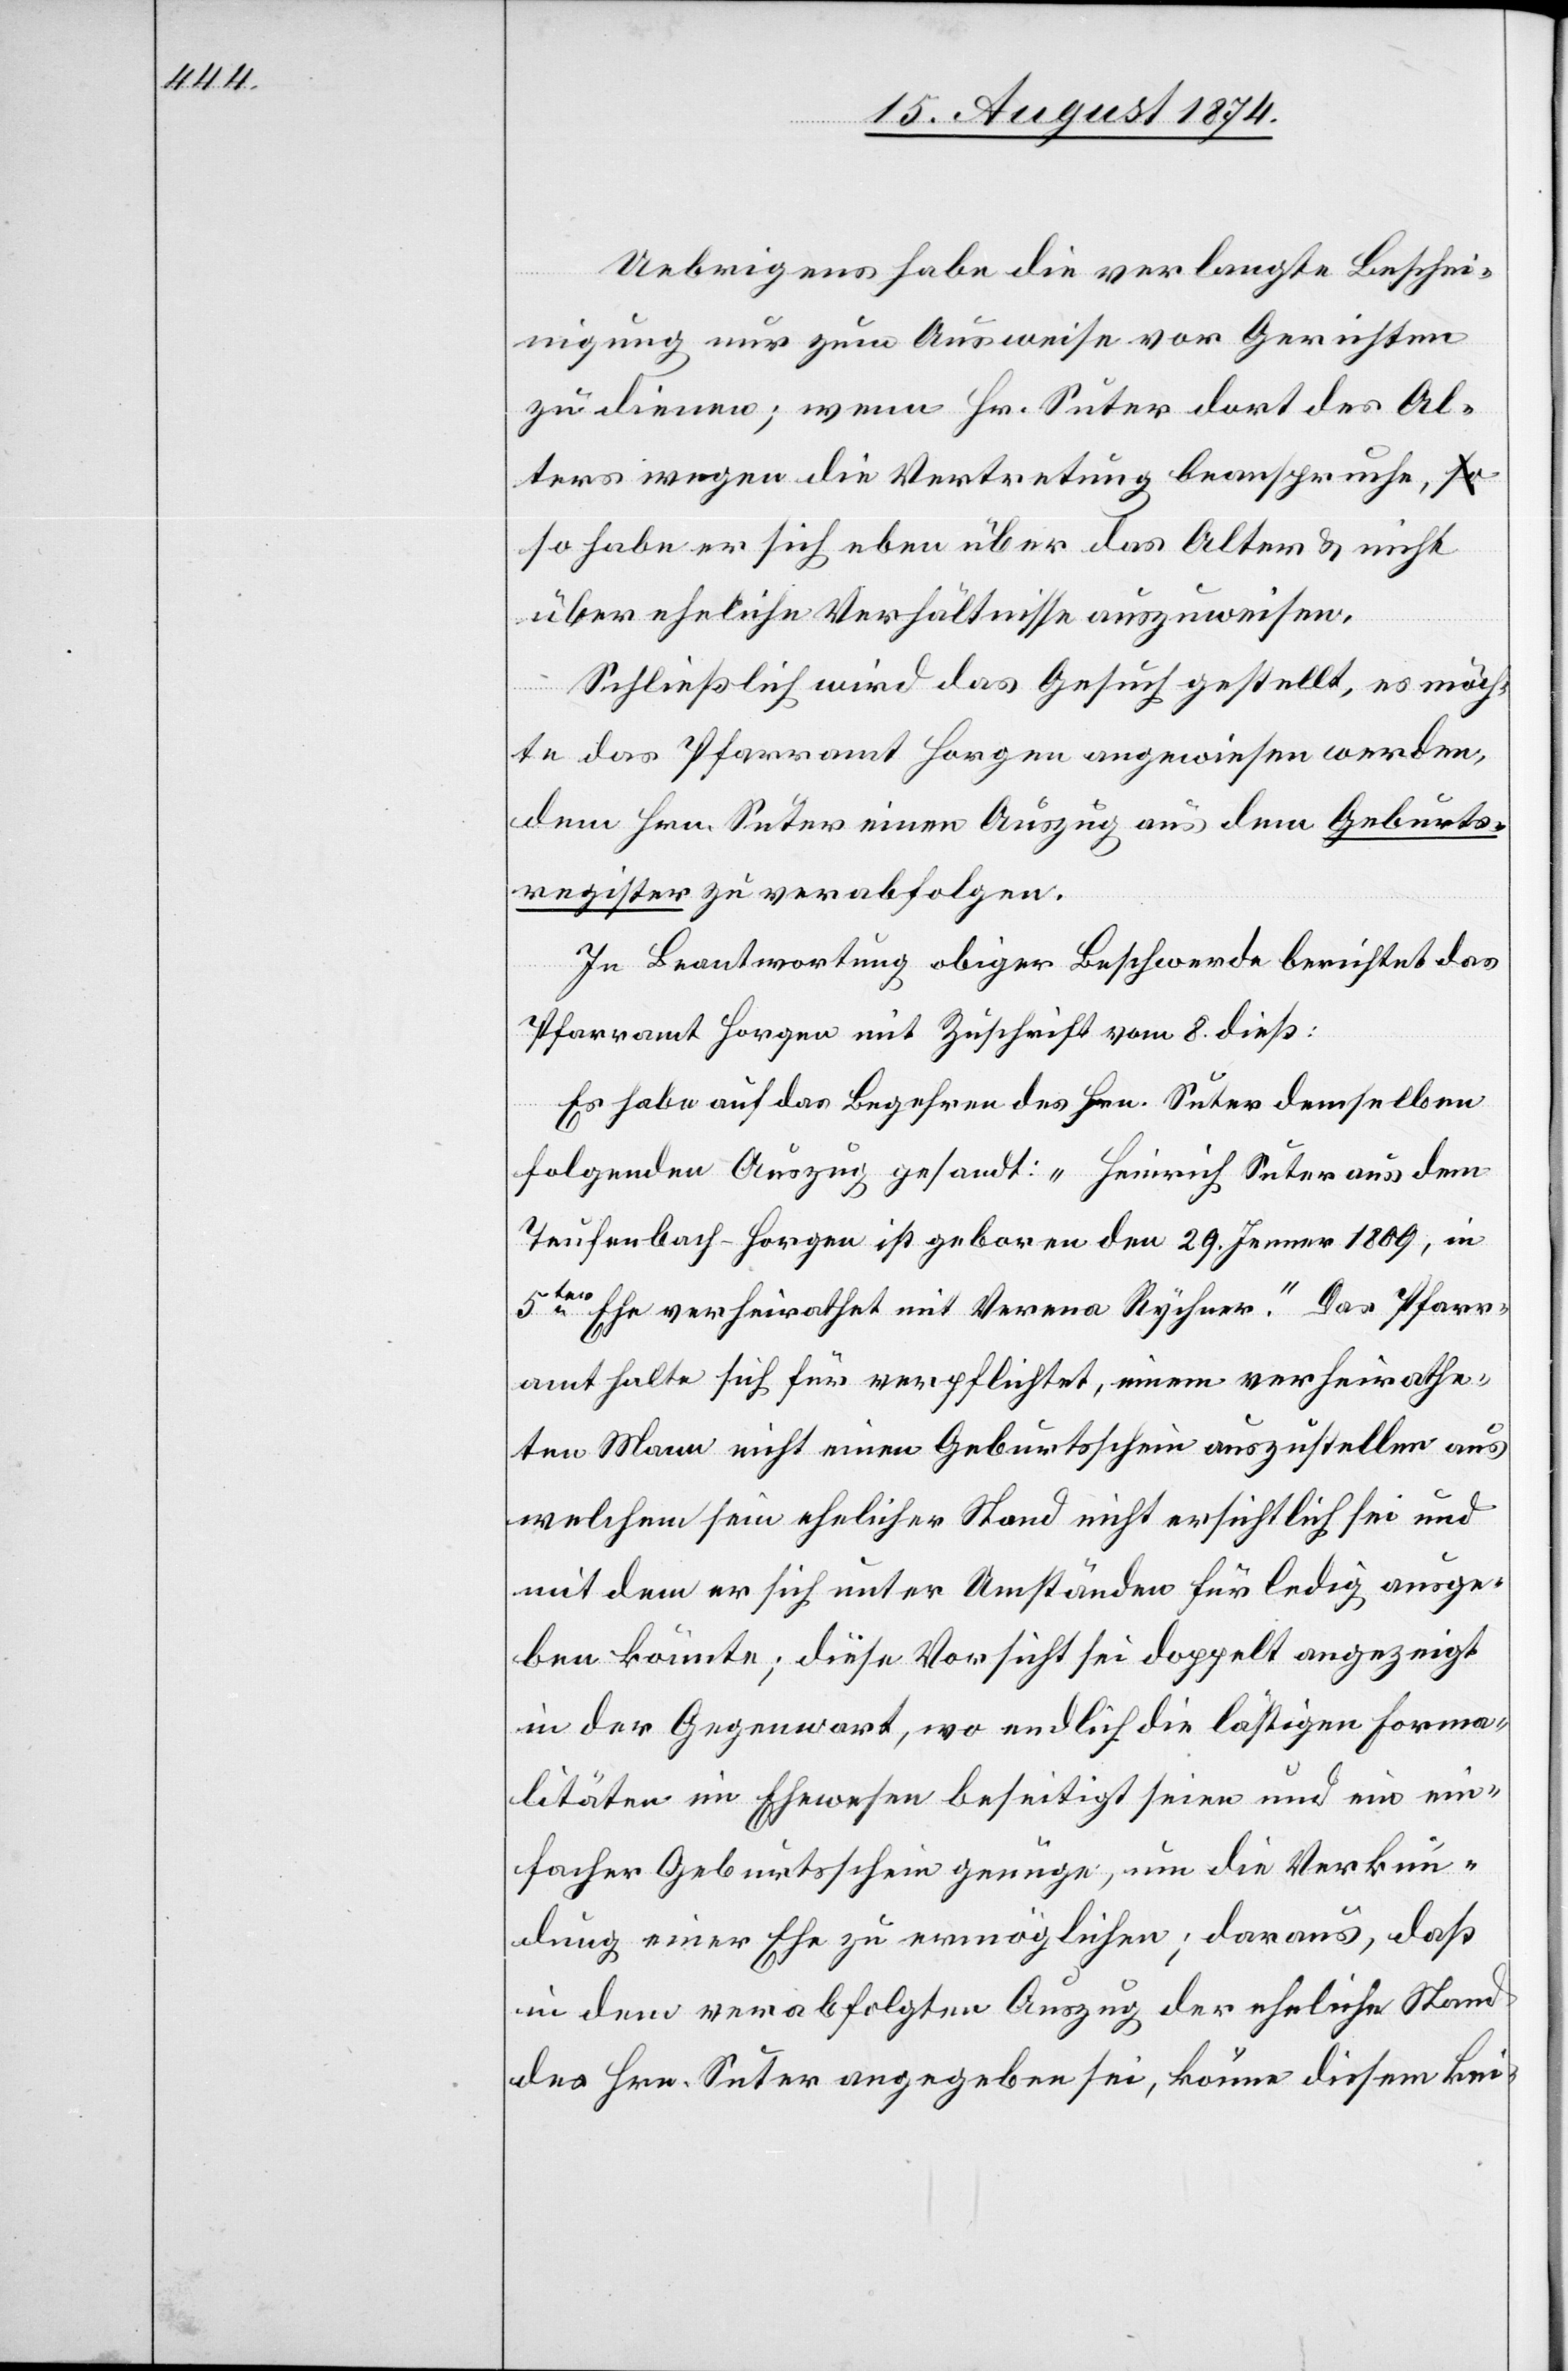
Uebrigens habe die verlangte Beschei¬
nigung nur zum Ausweise vor Gerichten
zu dienen; wenn Hr. Suter dort des Al¬
ters wegen die Vertretung beanspruche, s¬
o habe er sich eben über das Alter u. nicht
über eheliche Verhältnisse auszuweisen.
Schließlich wird das Gesuch gestellt, es möch¬
te das Pfarramt Horgen angewiesen werden,
dem Hrn. Suter einen Auszug aus dem Geburts¬
register zu verabfolgen.
In Beantwortung obiger Beschwere berichtet das
Pfarramt Horgen mit Zuschrift vom 8. dieß:
Es habe auf das Begehren des Hrn. Suter demselben
folgenden Auszug gesandt: „Heinrich Suter aus dem
Teufenbach-Horgen ist geboren den 29. Jenner 1809, in
5ter Ehe verheirathet mit Verena Rychner.“ Das Pfarr¬
amt halte sich für verpflichtet, einem verheirathe¬
ten Mann nicht einen Geburtsschein auszustellen aus
welchem sein ehelicher Stand nicht ersichtlich sei und
mit dem er sich unter Umständen für ledig ausge¬
ben könnte; diese Vorsicht sei doppelt angezeigt
in der Gegenwart, wo endlich die lästigen Forma¬
litäten im Ehewesen beseitigt seien und ein ein¬
facher Geburtsschein genüge, um die Verkün¬
dung einer Ehe zu ermöglichen; daraus, daß
in dem verabfolgten Auszug der eheliche Stand
des Hrn. Suter angegeben sei, könne diesem kei-